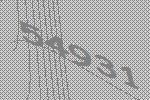
54931